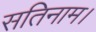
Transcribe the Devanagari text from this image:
सतिनाम।